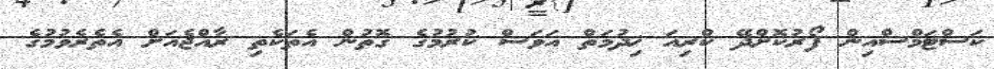
ކަސްޓަމްސްއިން ފޯރުކޮށްދޭ ކްރިއަ ޚިދުމަތް އަވަސް ކުރުމުގެ ގޮތުން އެތަކެތި ރާއްޖެއަށް އެތެރެވުމުގެ